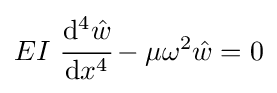
EI~{\cfrac {\mathrm {d} ^{4}{\hat {w}}}{\mathrm {d} x^{4}}}-\mu \omega ^{2}{\hat {w}}=0